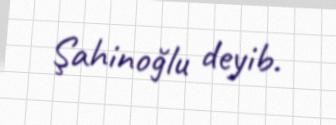
Şahinoğlu deyib.